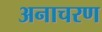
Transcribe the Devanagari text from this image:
अनाचरण